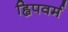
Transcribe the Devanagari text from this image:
ह्विपवर्म